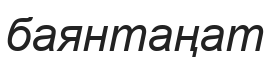
баянтаңат